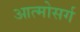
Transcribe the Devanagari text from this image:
आत्मोसर्ग